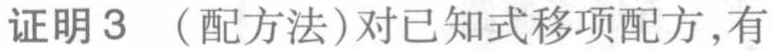
证明3（配方法）对已知式移项配方，有